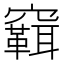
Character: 䇀